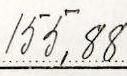
155,88